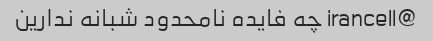
@irancell چه فایده نامحدود شبانه ندارین